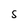
Character: S